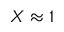
X \approx 1